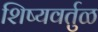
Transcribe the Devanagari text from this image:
शिष्यवर्तुळ